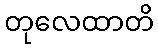
တုလေထာတိ